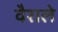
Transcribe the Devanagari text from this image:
वैराले